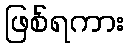
ဖြစ်ရကား